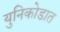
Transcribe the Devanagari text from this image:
युनिकोडात